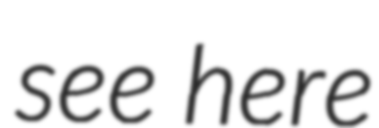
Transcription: see here